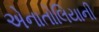
એનાતોલિયાની